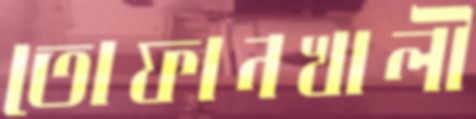
তোফানখালী